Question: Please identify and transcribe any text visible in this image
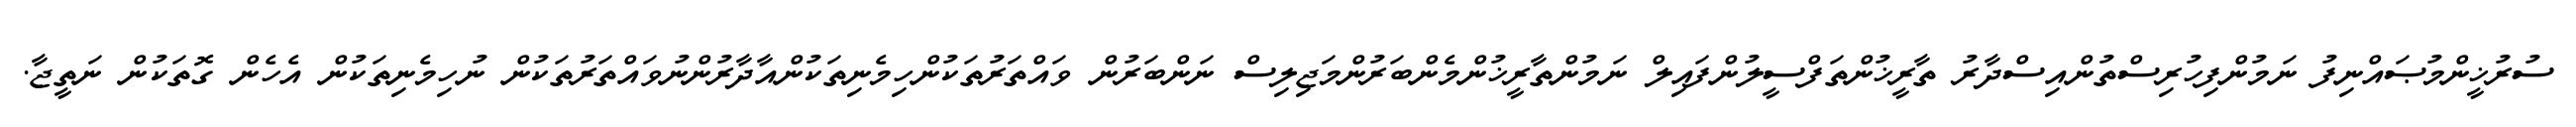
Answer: ސުރުޚީންމުޞައްނިފު ނަމުންފިހުރިސްތުންއިސްދާރު ތާރީޚުންތަފްސީލުންފައިލް ނަމުންތާރީޚުންމެންބަރުންމަޖިލިސް ނަންބަރުން ވައްތަރުތަކުންހިމެނިތަކުންއާދާރުންނުވައްތަރުތަކުން ނުހިމެނިތަކުން އެހެން ގޮތަކުން ނަތީޖާ.